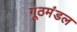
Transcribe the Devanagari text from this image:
गूठमंडल